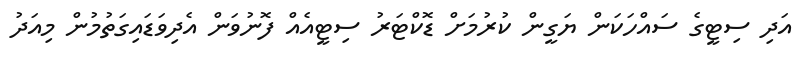
އަދި ސިޓީގެ ސައްހަކަން ޔަގީން ކުރުމަށް ޑޮކްޓަރު ސިޓީއެއް ފޮނުވަން އެދިވަޑައިގަތުމުން މިއަދު